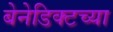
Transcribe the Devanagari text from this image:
बेनेडिक्टच्या